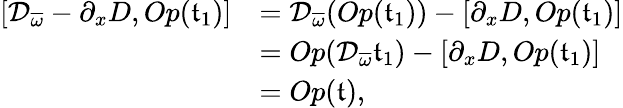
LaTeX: \begin{array}{rl}{[\mathcal{D}_{\overline{{\omega}}}-\partial_{x}D,Op(\mathfrak{t}_{1})]}&{=\mathcal{D}_{\overline{{\omega}}}(Op(\mathfrak{t}_{1}))-[\partial_{x}D,Op(\mathfrak{t}_{1})]}\\ &{=Op(\mathcal{D}_{\overline{{\omega}}}\mathfrak{t}_{1})-[\partial_{x}D,Op(\mathfrak{t}_{1})]}\\ &{=Op(\mathfrak{t}),}\end{array}